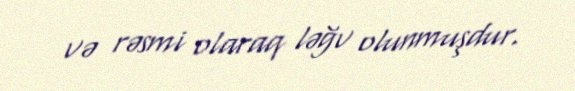
və rəsmi olaraq ləğv olunmuşdur.